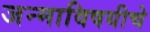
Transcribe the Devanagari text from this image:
जन्माविषयीचे